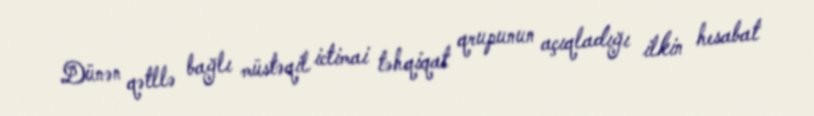
Dünən qətllə bağlı müstəqil ictimai təhqiqat qrupunun açıqladığı ilkin hesabat